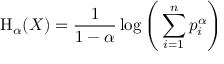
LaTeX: \mathrm { H } _ { \alpha } ( X ) = { \frac { 1 } { 1 - \alpha } } \log { \Bigg ( } \sum _ { i = 1 } ^ { n } p _ { i } ^ { \alpha } { \Bigg ) }